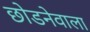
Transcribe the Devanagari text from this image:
छोडनेवाला